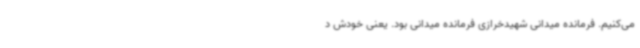
می‌کنیم. فرمانده میدانی شهیدخرازی فرمانده میدانی بود. یعنی خودش د